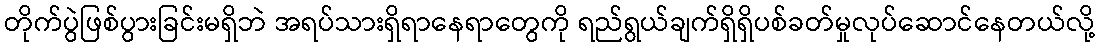
တိုက်ပွဲဖြစ်ပွားခြင်းမရှိဘဲ အရပ်သားရှိရာနေရာတွေကို ရည်ရွယ်ချက်ရှိရှိပစ်ခတ်မှုလုပ်ဆောင်နေတယ်လို့